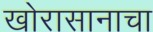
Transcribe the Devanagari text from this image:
खोरासानाचा